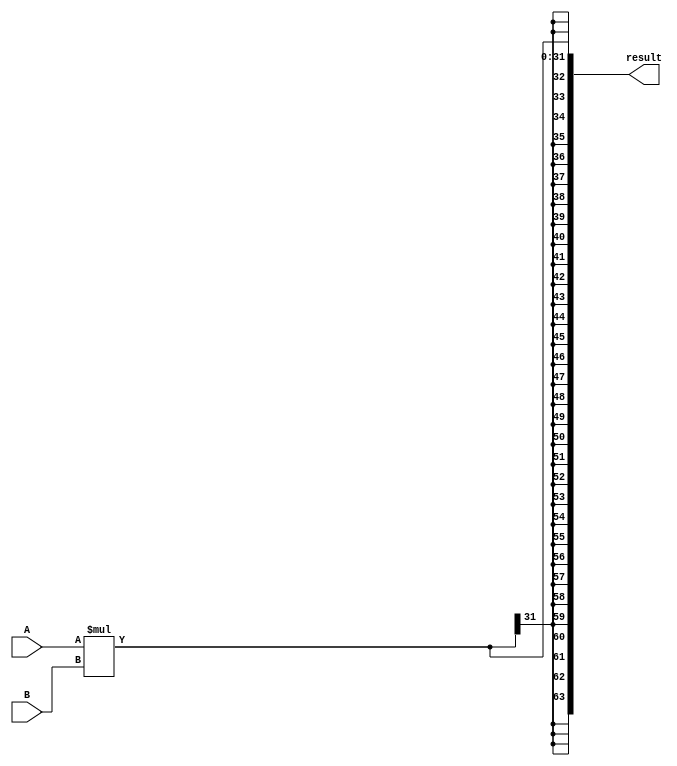
module signed_multiplier (
    input signed [31:0] A,
    input signed [31:0] B,
    output signed [63:0] result
);

reg signed [31:0] product;
reg signed [63:0] result_reg;

always @ (A or B) begin
    product = A * B;
    result_reg = product;
end

assign result = result_reg;

endmodule